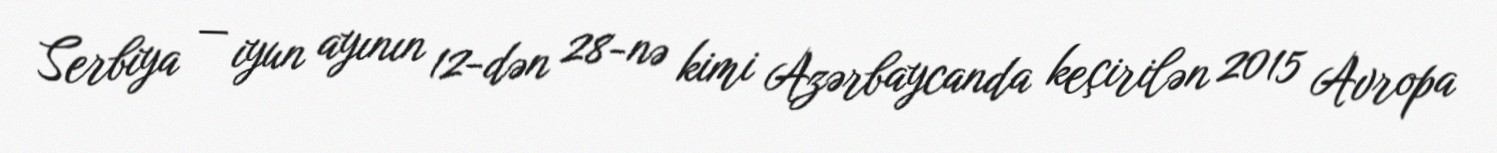
Serbiya — iyun ayının 12-dən 28-nə kimi Azərbaycanda keçirilən 2015 Avropa